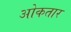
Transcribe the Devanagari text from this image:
ओकतार